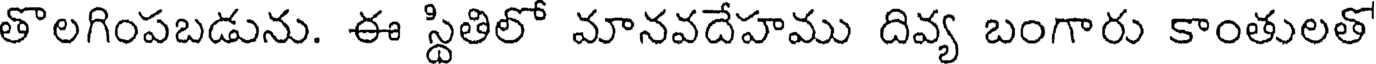
తొలగింపబడును. ఈ స్థితిలో మానవదేహము దివ్య బంగారు కాంతులతో